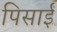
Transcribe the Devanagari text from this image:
पिसाईं